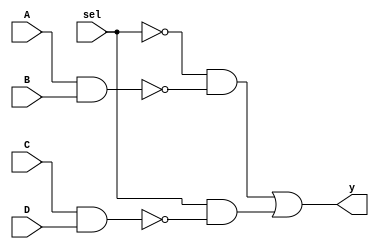

`timescale 10ns / 1ns
module comb_str(output y,input sel, A, B, C, D);

wire in0, in1, y0, y1, sel_bar;
nand nand0(in0,A,B);
nand nand1(in1,C,D);

not notsel(sel_bar,sel);
and and0(y0,sel_bar,in0);
and and1(y1,sel,in1);
or result(y,y0,y1);

endmodule